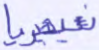
نيجيريا